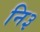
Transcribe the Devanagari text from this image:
नि३